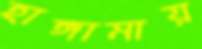
হাঙ্গামায়